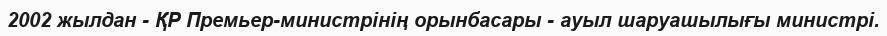
2002 жылдан - ҚР Премьер-министрінің орынбасары - ауыл шаруашылығы министрі.